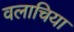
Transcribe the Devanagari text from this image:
वलाचिया